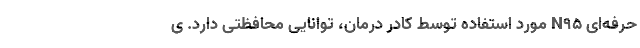
حرفه‌ای N۹۵ مورد استفاده توسط کادر درمان، توانایی محافظتی دارد. ی